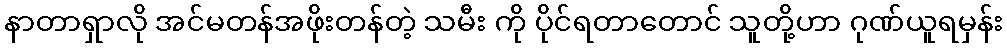
နာတာရှာလို အင်မတန်အဖိုးတန်တဲ့ သမီး ကို ပိုင်ရတာတောင် သူတို့ဟာ ဂုဏ်ယူရမှန်း